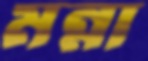
মন্না